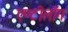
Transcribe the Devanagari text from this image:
एण्टीलॉग